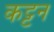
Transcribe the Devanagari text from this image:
कट्टन